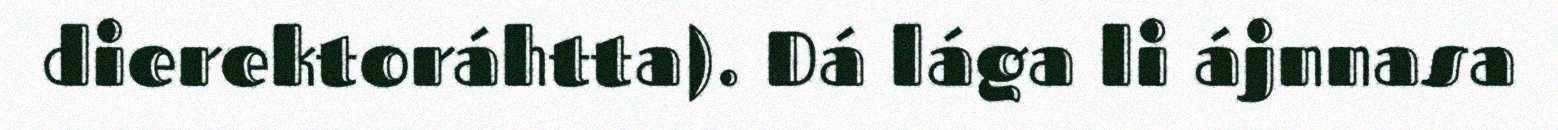
dierektoráhtta). Dá lága li ájnnasa